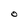
Character: O